Cholera in India, 1862 to 1881
Year: 1862
Disease focus: Cholera
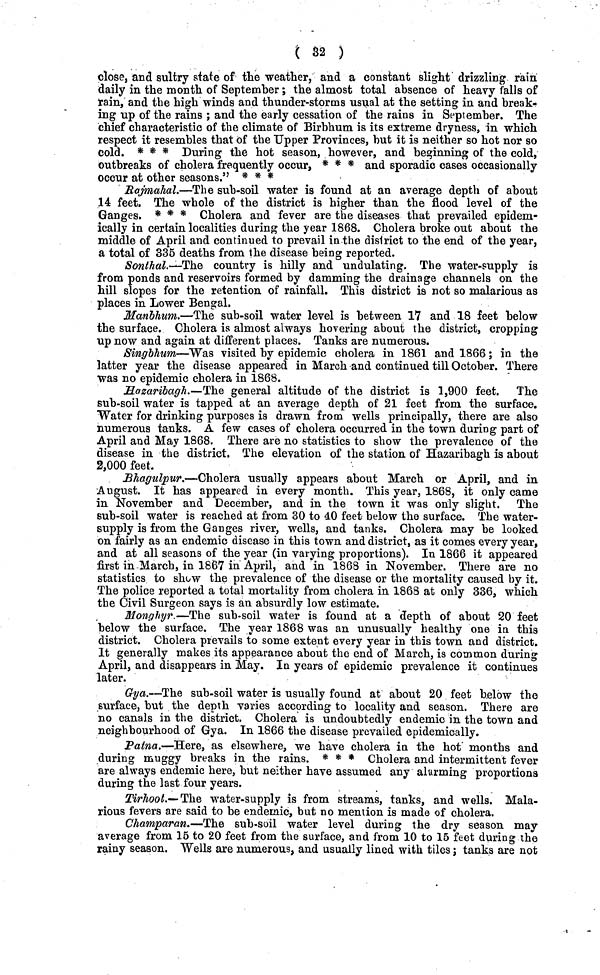
( 32 )
close, and sultry state of the weather, and a constant slight drizzling rain
daily in the month of September ; the almost total absence of heavy falls of
rain, and the high winds and thunder-storms usual at the setting in and break-
ing up of the rains ; and the early cessation of the rains in September. The
chief characteristic of the climate of Birbhum is its extreme dryness, in which
respect it resembles that of the Upper Provinces, but it is neither so hot nor so
cold. * * * During the hot season, however, and beginning of the cold,
outbreaks of cholera frequently occur, * * * and sporadic cases occasionally
occur at other seasons." * * *
Rajmahal.—The sub-soil water is found at an average depth of about
14 feet. The whole of the district is higher than the flood level of the
Ganges. * * * Cholera and fever are the diseases that prevailed epidem-
ically in certain localities during the year 1868. Cholera broke out about the
middle of April and continued to prevail in the district to the end of the year,
a total of 335 deaths from the disease being reported.
Sonthal.—The country is hilly and undulating. The water-supply is
from ponds and reservoirs formed by damming the drainage channels on the
hill slopes for the retention of rainfall. This district is not so malarious as
places in Lower Bengal.
Manbhnm.—The sub-soil water level is between 17 and 18 feet below
the surface. Cholera is almost always hovering about the district, cropping
up now and again at different places. Tanks are numerous.
Singbhum—Was visited by epidemic cholera in 1861 and 1866 ; in the
latter year the disease appeared in March and continued till October. There
was no epidemic cholera in 1868.
HazarIbagh.—The general altitude of the district is 1,900 feet. The
sub-soil water is tapped at an average depth of 21 feet from the surface.
Water for drinking purposes is drawn from wells principally, there are also
numerous tanks. Δ few cases of cholera occurred in the town during part of
April and May 1868. There are no statistics to show the prevalence of the
disease in the district. The elevation of the station of Hazaribagh is about
2,000 feet.
Bhagulpur.—Cholera usually appears about March or April, and in
August. It has appeared in every month. This year, 1868, it only came
in November and December, and in the town it was only slight. The
sub-soil water is reached at from 30 to 40 feet below the surface. The water-
supply is from the Ganges river, wells, and tanks. Cholera may be looked
on fairly as an endemic disease in this town and district, as it comes every year,
and at all seasons of the year (in varying proportions). In 1866 it appeared
first in March, in 1867 in April, and in 1868 in November. There are no
statistics to show the prevalence of the disease or the mortality caused by it.
The police reported a total mortality from cholera in 1868 at only 336, which
the Civil Surgeon says is an absurdly low estimate.
Monghyr —The sub-soil water is found at a depth of about 20 feet
below the surface. The year 1868 was an unusually healthy one in this
district. Cholera prevails to some extent every year in this town and district.
It generally makes its appearance about the end of March, is common during
April, and disappears in May. In years of epidemic prevalence it continues
later.
Gya.—The sub-soil water is usually found at about 20 feet below the
surface, but the depth varies according to locality and season. There are
no canals in the district. Cholera is undoubtedly endemic in the town and
neighbourhood of Gya. In 1866 the disease prevailed epidemically.
Patna.—Here, as elsewhere, we have cholera in the hot months and
during muggy breaks in the rains. * * * Cholera and intermittent fever
are always endemic here, but neither have assumed any alarming proportions
during the last four years.
Tirhoot.— The water-supply is from streams, tanks, and wells. Mala-
rious fevers are said to be endemic, but no mention is made of cholera.
Champaran.—The sub-soil water level during the dry season may
average from 15 to 20 feet from the surface, and from 10 to 15 feet during the
rainy season, Wells are numerous, and usually lined with tiles ; tanks are not